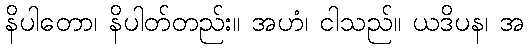
နိပါတော၊ နိပါတ်တည်း။ အဟံ၊ ငါသည်။ ယဒိပန၊ အ